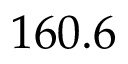
1 6 0 . 6